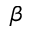
\beta